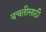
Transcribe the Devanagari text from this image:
बचतीसाठी